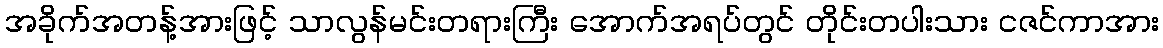
အခိုက်အတန့်အားဖြင့် သာလွန်မင်းတရားကြီး အောက်အရပ်တွင် တိုင်းတပါးသား ငဇင်ကာအား